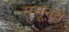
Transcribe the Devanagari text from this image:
ससूनचे